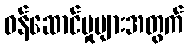
ဝန်ဆောင်မှုများအတွက်